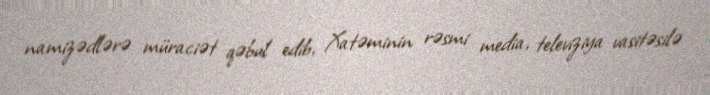
namizədlərə müraciət qəbul edib, Xatəminin rəsmi media, televiziya vasitəsilə